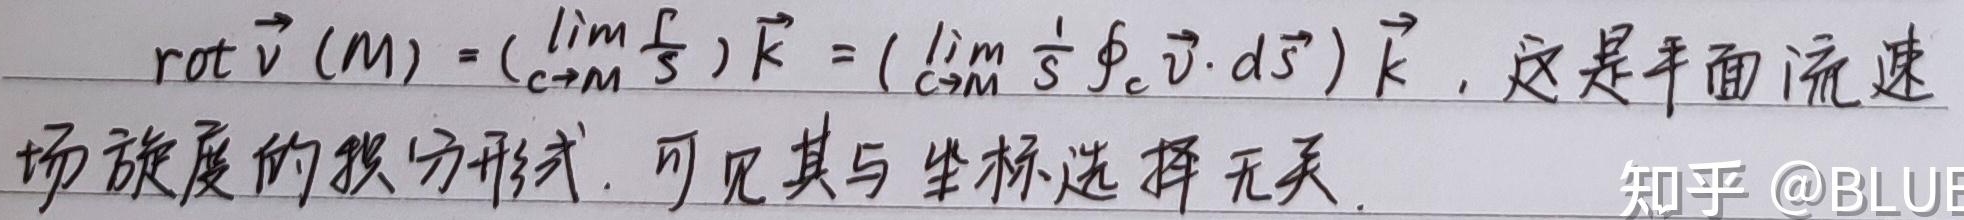
\(\mathrm{rot} \vec{v} (M) = (\lim_{c \to M} \frac{\Gamma}{S} ) \vec{k} = (\lim_{c \to M} \frac{1}{S} \oint_{c} \vec{v} \cdot d\vec{s} ) \vec{k}\)，这是平面流速场旋度的积分形式。可见其与坐标选择无关。知乎 @BLUE